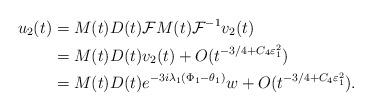
LaTeX: \begin{align*}u_2 (t) &= M(t) D(t) \mathcal{F} M(t) \mathcal{F}^{-1}v_2(t) \\&= M(t) D(t) v_2 (t) + O(t^{-3/4 + C_4 \varepsilon_1^2}) \\&= M(t) D(t) e^{-3 i \lambda_1 (\Phi_1-\theta_1)} w + O(t^{-3/4 + C_4 \varepsilon_1^2}).\end{align*}